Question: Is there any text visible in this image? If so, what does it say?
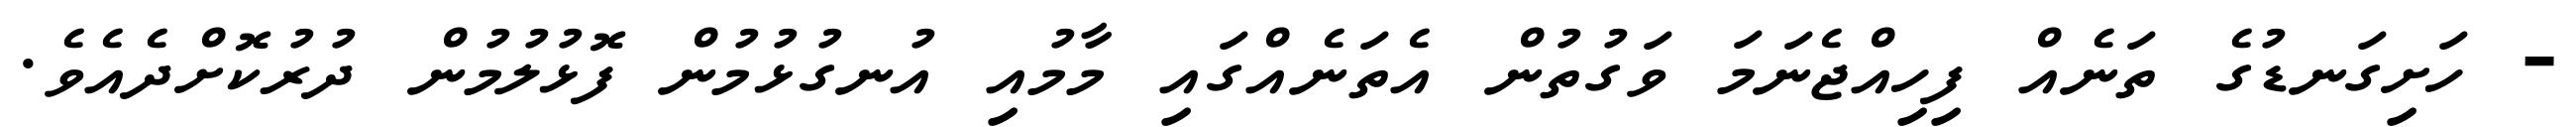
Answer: - ހަށިގަނޑުގެ ތަނެއް ފިހިއްޖެނަމަ ވަގުތުން އެތަނެއްގައި މާމުއި އުނގުޅުމުން ފޮޅުލުމުން ދުރުކޮށްދެއެވެ.